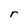
Character: r